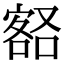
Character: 𡪞